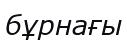
бұрнағы